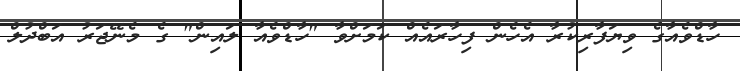
ހާޑްވެއާގެ ވިޔަފާރިކުރާ އެހެން ފިހާރައެއް ކަމަށްވާ "ހާޑްވެއާ ލައިން" ގެ މެނޭޖަރު އަބްދުލް